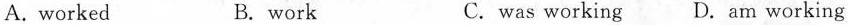
A.worked B. work C. was working D.am working